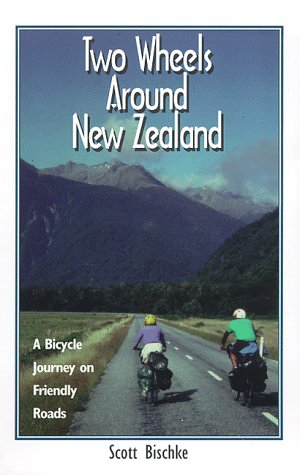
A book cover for Two Wheels Around New Zealand: A Bicycle Journey on Friendly Roads; Scott Bischke; Travel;